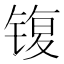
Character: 𰾟